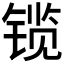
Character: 𫔃